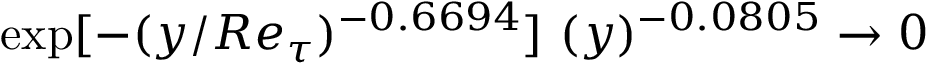
\exp [ - ( y / R e _ { \tau } ) ^ { - 0 . 6 6 9 4 } ] ~ ( y ) ^ { - 0 . 0 8 0 5 } \rightarrow 0